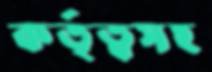
কর্তৃত্বসহ